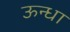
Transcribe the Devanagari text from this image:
ऊन्धा